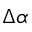
\Delta \alpha